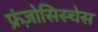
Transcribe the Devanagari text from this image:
फ्रंज़ोसिस्चेस